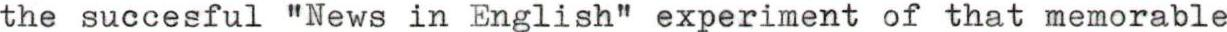
the succesful "News in English" experiment of that memorable